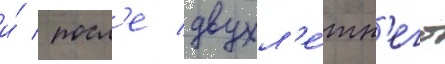
и́ / посл'е двухл'е́тн'его